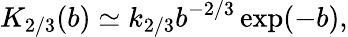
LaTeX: K_{2/3}(b)\simeq k_{2/3}b^{-2/3}\exp(-b),